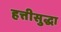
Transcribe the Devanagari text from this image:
हत्तीसुद्धा